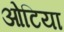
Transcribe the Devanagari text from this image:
ओटिया